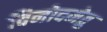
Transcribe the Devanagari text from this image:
विनोदमेतु